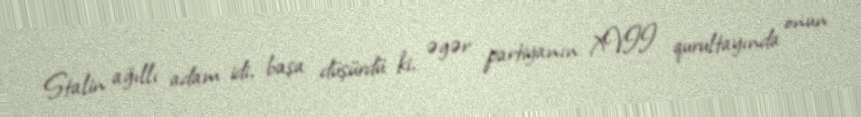
Stalin ağıllı adam idi, başa düşürdü ki, əgər partiyanın XVII qurultayında onun